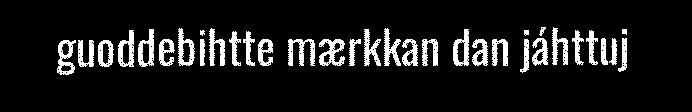
guoddebihtte mærkkan dan jáhttuj